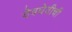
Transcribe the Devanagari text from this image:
देवघेवीची